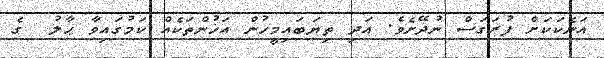
އަނެކަކަށް ފުރަގަސް ނުދޭށެވެ. އަދި ތިޔަބައިމީހުން އަޚުންތަކެއް ކަމުގައިވާ ޙާލު  ގެ